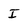
Character: I